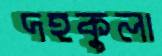
দহকুলা